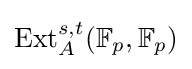
\mathrm {Ext} _{A}^{s,t}(\mathbb {F} _{p},\mathbb {F} _{p})